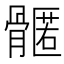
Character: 𮪳